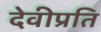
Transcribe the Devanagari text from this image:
देवीप्रति